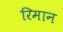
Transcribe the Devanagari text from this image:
रिमान